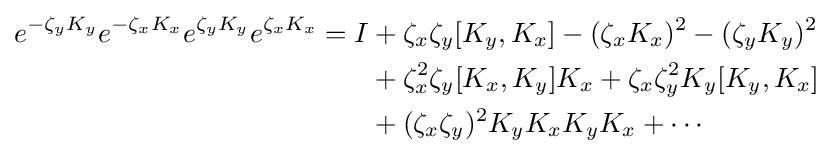
{\begin{aligned}e^{-\zeta _{y}K_{y}}e^{-\zeta _{x}K_{x}}e^{\zeta _{y}K_{y}}e^{\zeta _{x}K_{x}}=I&+\zeta _{x}\zeta _{y}[K_{y},K_{x}]-(\zeta _{x}K_{x})^{2}-(\zeta _{y}K_{y})^{2}\\&+\zeta _{x}^{2}\zeta _{y}[K_{x},K_{y}]K_{x}+\zeta _{x}\zeta _{y}^{2}K_{y}[K_{y},K_{x}]\\&+(\zeta _{x}\zeta _{y})^{2}K_{y}K_{x}K_{y}K_{x}+\cdots \end{aligned}}